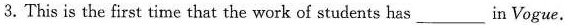
3.This is the first time that the work of students has_in Vogue.